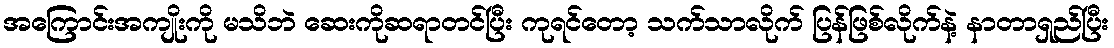
အကြောင်းအကျိုးကို မသိဘဲ ဆေးကိုဆရာတင်ပြီး ကုရင်တော့ သက်သာလိုက် ပြန်ဖြစ်လိုက်နဲ့ နာတာရှည်ပြီး